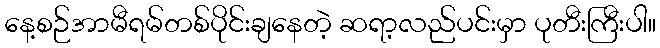
နေ့စဉ်အာမီရမ်တစ်ပိုင်းချနေတဲ့ ဆရာ့လည်ပင်းမှာ ပုတီးကြီးပါ။